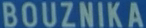
BOUZNika